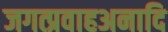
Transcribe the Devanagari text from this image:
जगत्प्रवाहअनादि